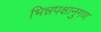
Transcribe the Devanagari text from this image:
भिन्नपक्षानुगण